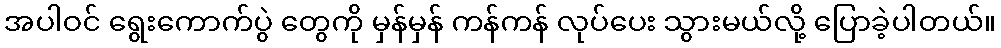
အပါဝင် ရွေးကောက်ပွဲ တွေကို မှန်မှန် ကန်ကန် လုပ်ပေး သွားမယ်လို့ ပြောခဲ့ပါတယ်။